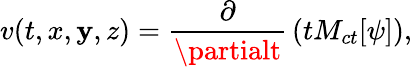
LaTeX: v(t,x,\mathbf{y},z)={\frac{{\partial}}{{\partialt}}}\left(tM_{ct}[\psi]\right),